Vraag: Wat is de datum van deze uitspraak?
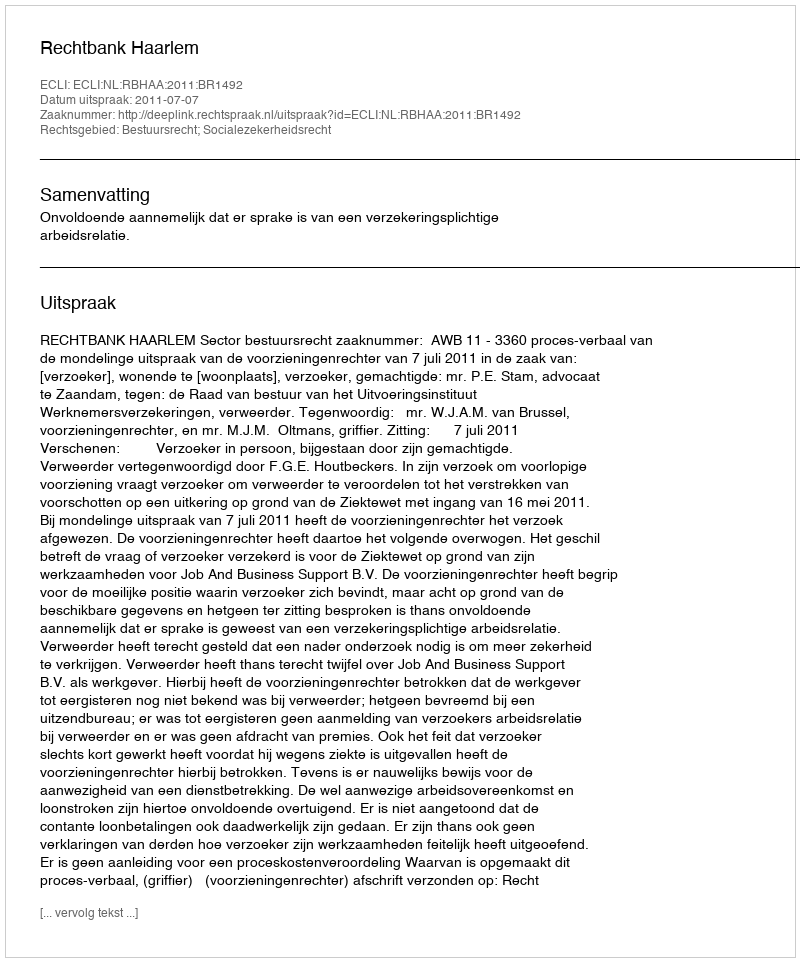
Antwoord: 2011-07-07